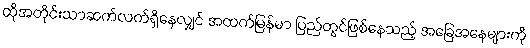
ထိုအတိုင်းသာဆက်လက်ရှိနေလျှင် အထက်မြန်မာ ပြည်တွင်ဖြစ်နေသည့် အခြေအနေများကို